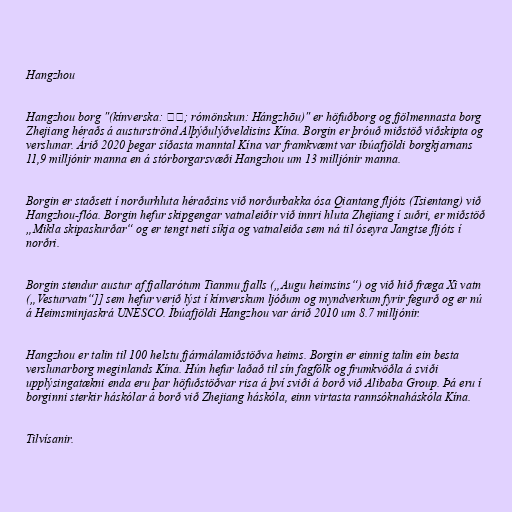
Hangzhou

Hangzhou borg "(kínverska: 杭州; rómönskun: Hángzhōu)" er höfuðborg og fjölmennasta borg
Zhejiang héraðs á austurströnd Alþýðulýðveldisins Kína. Borgin er þróuð miðstöð viðskipta og
verslunar. Árið 2020 þegar síðasta manntal Kína var framkvæmt var íbúafjöldi borgkjarnans
11,9 milljónir manna en á stórborgarsvæði Hangzhou um 13 milljónir manna.

Borgin er staðsett í norðurhluta héraðsins við norðurbakka ósa Qiantang fljóts (Tsientang) við
Hangzhou-flóa. Borgin hefur skipgengar vatnaleiðir við innri hluta Zhejiang í suðri, er miðstöð
„Mikla skipaskurðar“ og er tengt neti síkja og vatnaleiða sem ná til óseyra Jangtse fljóts í
norðri.

Borgin stendur austur af fjallarótum Tianmu fjalls („Augu heimsins“) og við hið fræga Xi vatn
(„Vesturvatn“]] sem hefur verið lýst í kínverskum ljóðum og myndverkum fyrir fegurð og er nú
á Heimsminjaskrá UNESCO. Íbúafjöldi Hangzhou var árið 2010 um 8.7 milljónir.

Hangzhou er talin til 100 helstu fjármálamiðstöðva heims. Borgin er einnig talin ein besta
verslunarborg meginlands Kína. Hún hefur laðað til sín fagfólk og frumkvöðla á sviði
upplýsingatækni enda eru þar höfuðstöðvar risa á því sviði á borð við Alibaba Group. Þá eru í
borginni sterkir háskólar á borð við Zhejiang háskóla, einn virtasta rannsóknaháskóla Kína.

Tilvísanir.